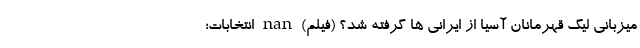
میزبانی لیگ قهرمانان آسیا از ایرانی ها گرفته شد؟ (فیلم) nan انتخابات؛